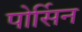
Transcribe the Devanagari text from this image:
पोर्सिन